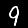
Label: 9